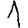
Digit: 1